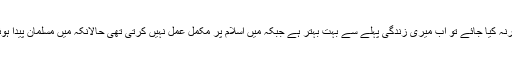
اگر مقارنہ کیا جائے تو اب میری زندگی پہلے سے بہت بہتر ہے جبکہ میں اسلام پر مکمل عمل نہيں کرتی تھی حالانکہ میں مسلمان پیدا ہوئی ہوں۔